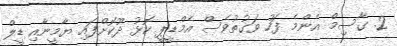
2. ގާސިމް އެންމެ ފަހު ވަގުތުވެސް އެމްޑީޕީ ކޮޅު ދޫކޮށްފައި ޔާމީނާއި ޑީލް